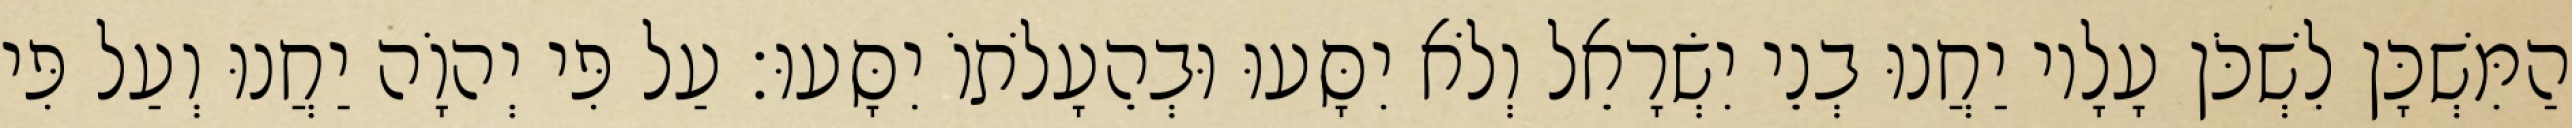
הַמִּשְׁכָּן לִשְׁכֹּן עָלָיו יַחֲנוּ בְנֵי יִשְׂרָאֵל וְלֹא יִסָּעוּ וּבְהֵעָלֹתוֹ יִסָּעוּ׃ עַל פִּי יְהוָֹה יַחֲנוּ וְעַל פִּי